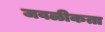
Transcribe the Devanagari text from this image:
जवळीकता